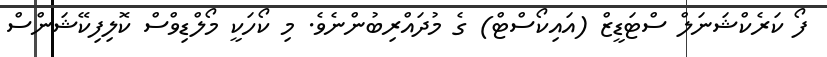
ފޯ ކަރެކްޝަނަލް ސްޓަޑީޒް (އައިކޯސްޓް) ގެ މުދައްރިބުންނެވެ. މި ކޯހަކީ މޯލްޑިވްސް ކޮލިފިކޭޝަންސް